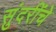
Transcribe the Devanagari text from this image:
सुंदरींचे